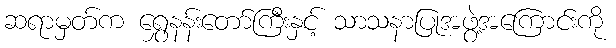
ဆရာမှတ်က ရွှေနန်းတော်ကြီးနှင့် သာသနာပြုအဖွဲ့အကြောင်းကို